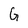
Character: G